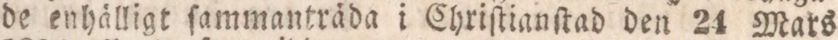
de enhälligt ſammanträda i Chriſtianſtad den 24 Mars